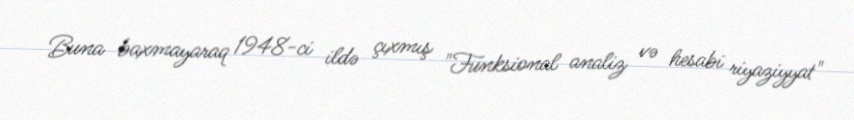
Buna baxmayaraq 1948-ci ildə çıxmış "Funksional analiz və hesabi riyaziyyat"